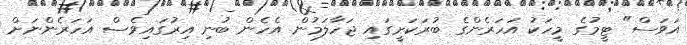
އަވަސް" ޓީމުގެ މީހަކު އަހަރެންގެ ބުރަކަށީގައި ޖަހާލަމުން އެހެން ބުނި އިރުގައިވެސް އަހަރެންނަށް